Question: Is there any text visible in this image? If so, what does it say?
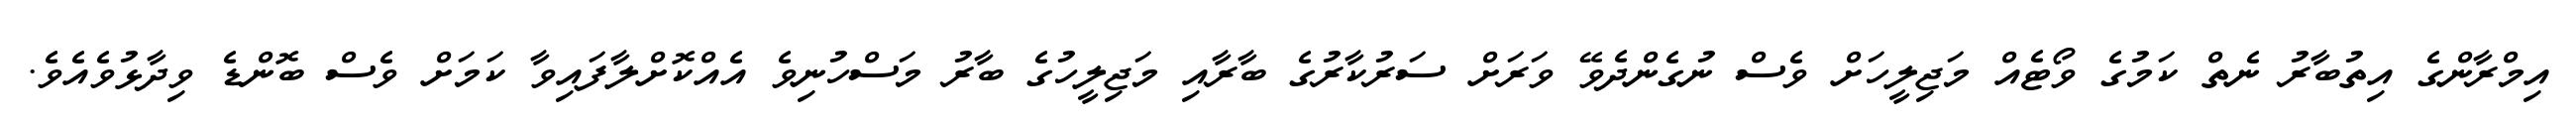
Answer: އިމްރާންގެ އިތުބާރު ނެތް ކަމުގެ ވޯޓެއް މަޖިލީހަށް ވެސް ނުގެންދެވޭ ވަރަށް ސަރުކާރުގެ ބާރާއި މަޖިލީހުގެ ބާރު މަސްހުނިވެ އެއްކޮށްލާފައިވާ ކަމަށް ވެސް ބޮންޑެ ވިދާޅުވެއެވެ.